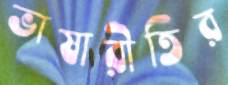
ভাষারীতির